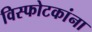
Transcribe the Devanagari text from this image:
विस्फोटकांना